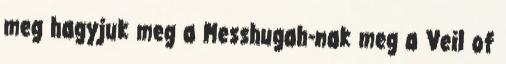
meg hagyjuk meg a Messhugah-nak meg a Veil of